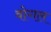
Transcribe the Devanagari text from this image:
वोगल